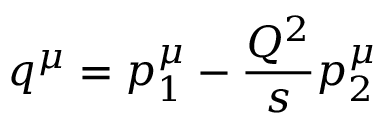
q ^ { \mu } = p _ { 1 } ^ { \mu } - \frac { Q ^ { 2 } } { s } p _ { 2 } ^ { \mu }